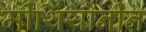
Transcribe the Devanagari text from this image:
मीथियोनीन